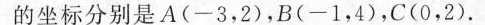
的坐标分别是A(-3，2)，B(-1，4)，C(0，2).